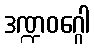
ဒဏ္ဍဝဂ္ဂေါ